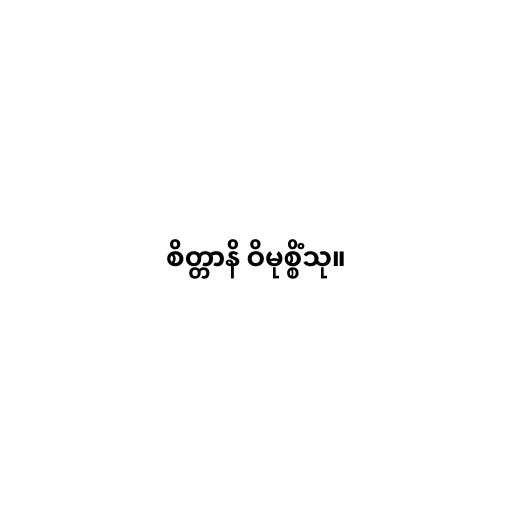
စိတ္တာနိ ဝိမုစ္စိံသု။